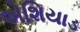
એશિયાડ